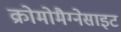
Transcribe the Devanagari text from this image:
क्रोमोमैग्‍नेसाइट